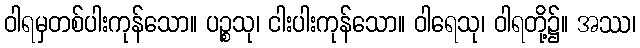
ဝါရမှတစ်ပါးကုန်သော။ ပဉ္စသု၊ ငါးပါးကုန်သော။ ဝါရေသု၊ ဝါရတို့၌။ အဿ၊